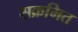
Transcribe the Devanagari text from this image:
सक्रमित